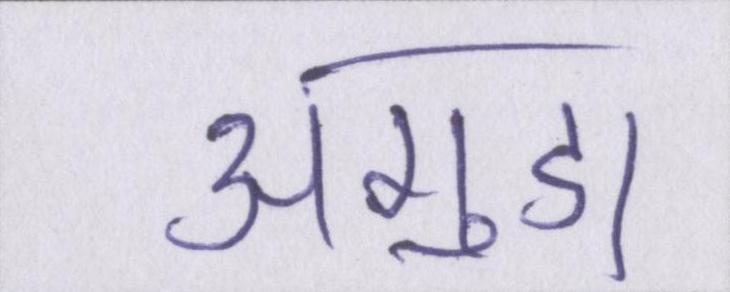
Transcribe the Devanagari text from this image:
अगुडा